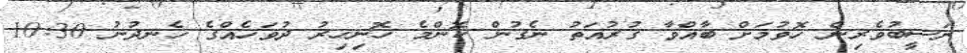
ނަސީބުވެރިން ހޮވުމަށް ބާއްވާ ގުރުއަތު ނެގުން ކޮންމެ ހޮނިހިރު ދުވަހެއްގެ ހެނދުނު 10:30